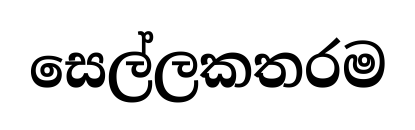
සෙල්ලකතරම